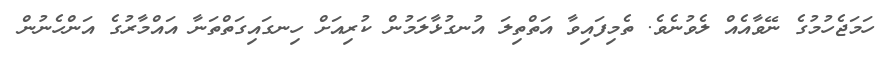
ހަމަޖެހުމުގެ ނޭވާއެއް ލެވުނެވެ. ތެމިފައިވާ އަތްތިލަ އުނގުޅާލަމުން ކުރިއަށް ހިނގައިގަތްތަނާ އައްމާރުގެ އަންހެނުން